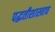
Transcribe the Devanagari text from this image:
पद्धतीशास्त्राच